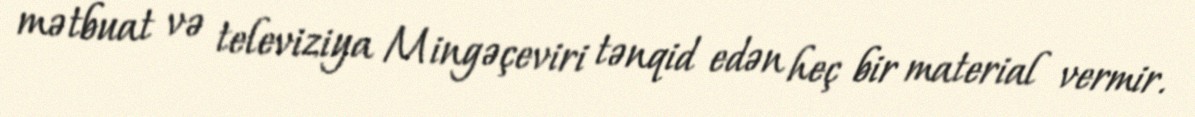
mətbuat və televiziya Mingəçeviri tənqid edən heç bir material vermir.